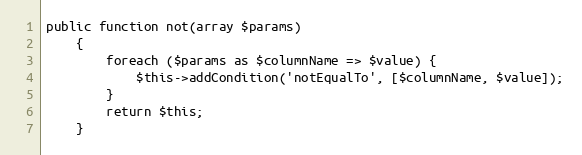
Language: PHP
public function not(array $params)
    {
        foreach ($params as $columnName => $value) {
            $this->addCondition('notEqualTo', [$columnName, $value]);
        }
        return $this;
    }